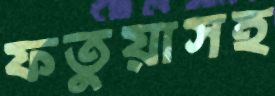
ফতুয়াসহ